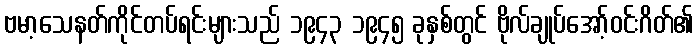
ဗမာ့သေနတ်ကိုင်တပ်ရင်းများသည် ၁၉၄၃ ၁၉၄၅ ခုနှစ်တွင် ဗိုလ်ချုပ်အော့်ဝင်းဂိတ်၏